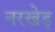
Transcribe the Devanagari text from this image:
नरखेड़